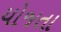
યોજતા